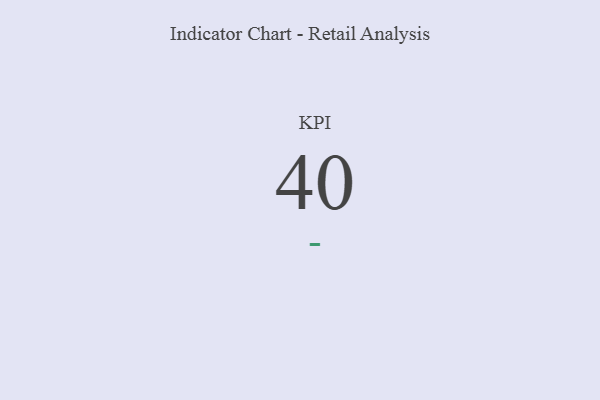
{"axis": {"x": "KPI", "y": "Value"}, "legend": [""], "data": [{"x": "KPI", "y": 40, "type": ""}]}